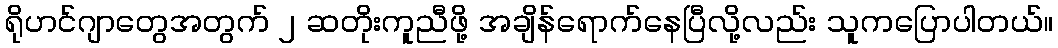
ရိုဟင်ဂျာတွေအတွက် ၂ ဆတိုးကူညီဖို့ အချိန်ရောက်နေပြီလို့လည်း သူကပြောပါတယ်။